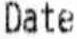
DATE